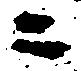
ニ